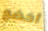
أخضع